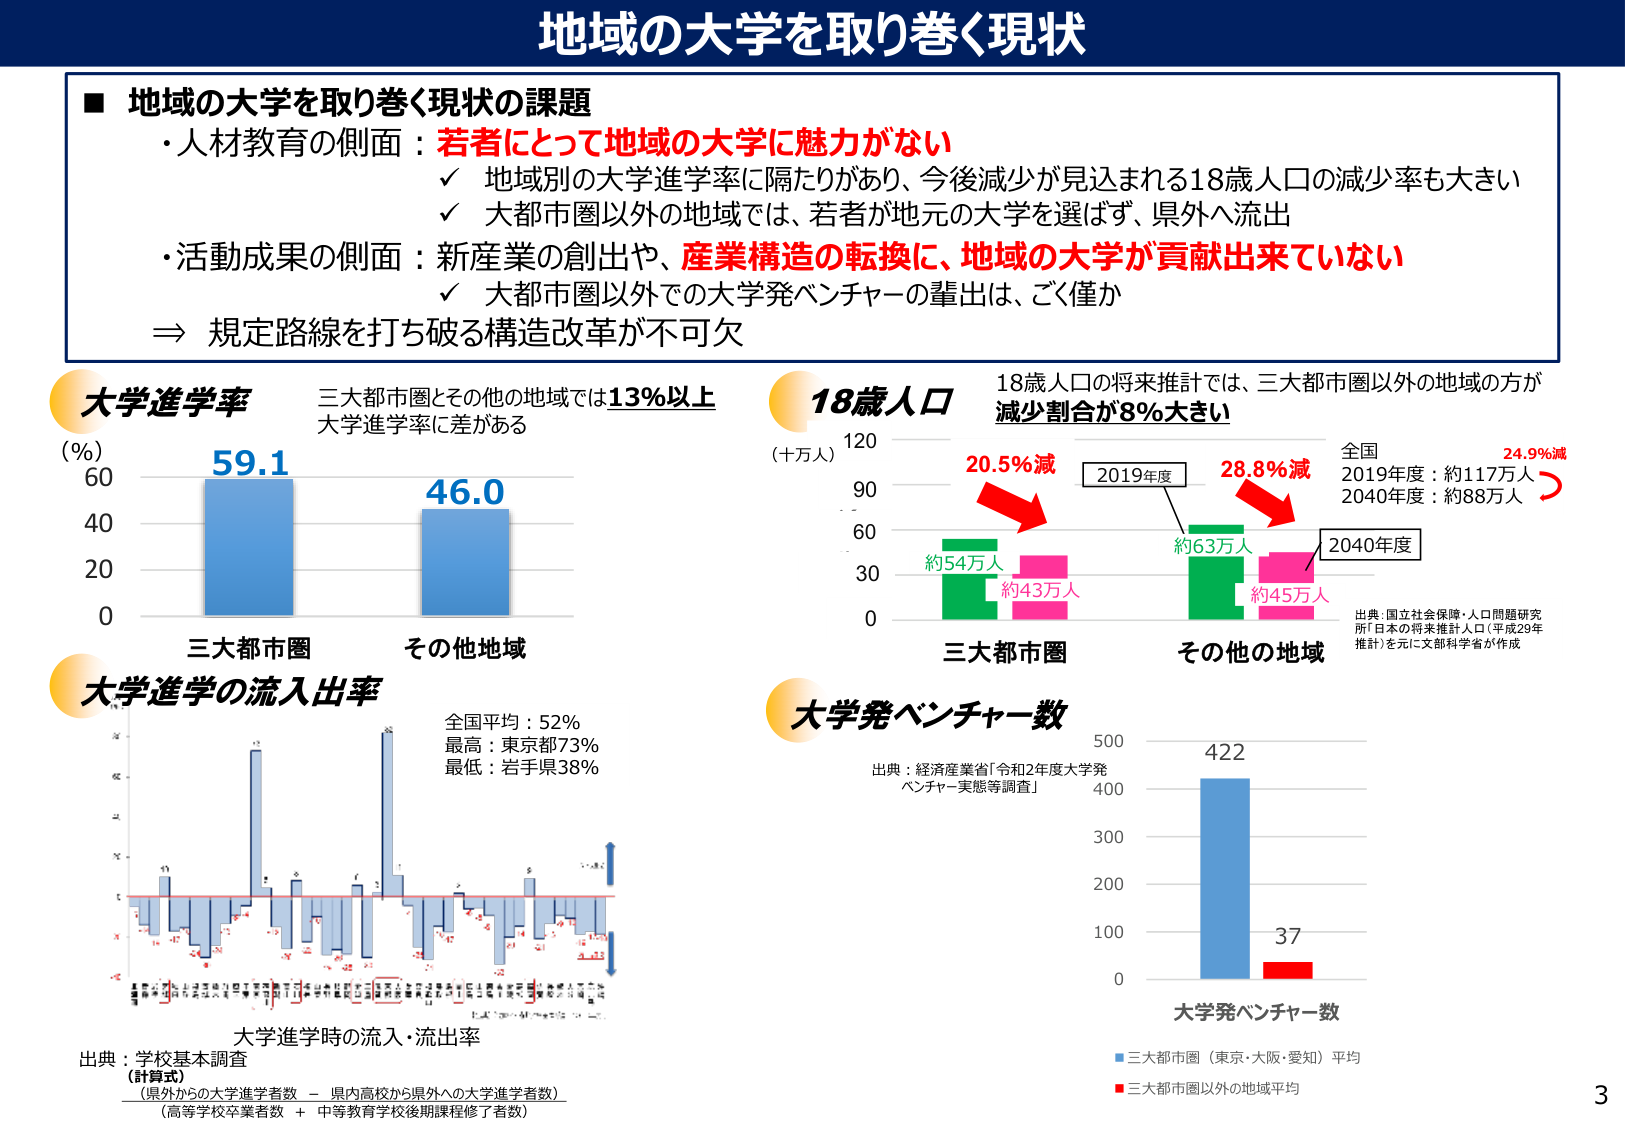
地域の大学を取り巻く現状

■ 地域の大学を取り巻く現状の課題
・人材教育の側面：若者にとって地域の大学に魅力がない
　✓ 地域別の大学進学率に隔たりがあり、今後減少が見込まれる18歳人口の減少率も大きい
　✓ 大都市圏以外の地域では、若者が地元の大学を選ばず、県外へ流出
・活動成果の側面：新産業の創出や、産業構造の転換に、地域の大学が貢献出来ていない
　✓ 大都市圏以外での大学発ベンチャーの輩出は、ごく僅か
⇒ 規定路線を打ち破る構造改革が不可欠

大学進学率
（％）
60
40
20
0
59.1
46.0
三大都市圏
その他地域
三大都市圏とその他の地域では13％以上
大学進学率に差がある

大学進学の流入・流出率
全国平均：52％
最高：東京都73％
最低：岩手県38％
大学進学時の流入・流出率
出典：学校基本調査
（計算式）
（県外からの大学進学者数 － 県内高校から県外への大学進学者数）
（高等学校卒業者数 ＋ 中等教育学校後期課程修了者数）

18歳人口
（十万人）
120
90
60
30
0
20.5％減
28.8％減
24.9％減
2019年度
2040年度
約54万人
約43万人
約63万人
約45万人
三大都市圏
その他の地域
18歳人口の将来推計では、三大都市圏以外の地域の方が
減少割合が8％大きい
全国
2019年度：約117万人
2040年度：約88万人
出典：国立社会保障・人口問題研究所「日本の将来推計人口（平成29年推計）」を元に文部科学省が作成

大学発ベンチャー数
出典：経済産業省「令和2年度大学発ベンチャー実態等調査」
500
400
300
200
100
0
422
37
大学発ベンチャー数
■三大都市圏（東京・大阪・愛知）平均
■三大都市圏以外の地域平均

3